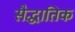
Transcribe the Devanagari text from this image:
सैद्धातिक